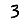
Digit: 3